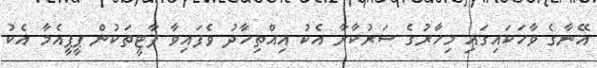
އޭނާގެ ވާހަކައިގައި މިހާރުގެ ސަރުކާރާ އެކު އިއްތިހާދު ވެފައިވާ ޕާޓީތަކުން ޕީޕީއެމާ އެކު